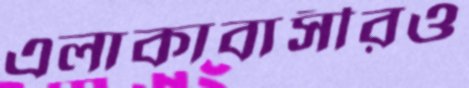
এলাকাবাসীরও